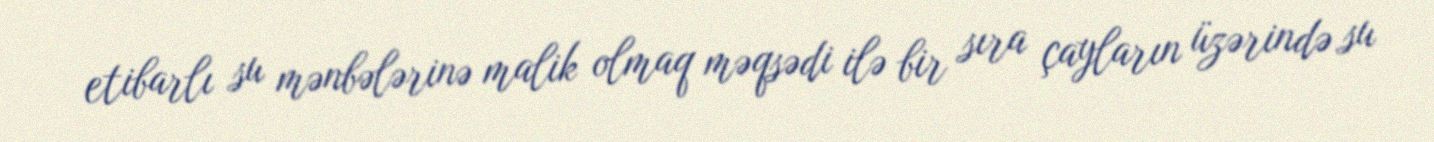
etibarlı su mənbələrinə malik olmaq məqsədi ilə bir sıra çayların üzərində su